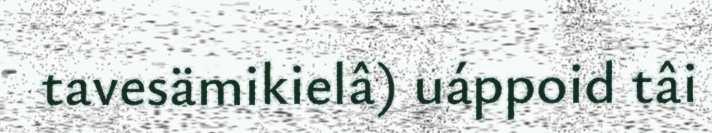
tavesämikielâ) uáppoid tâi